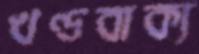
খণ্ডবাক্য